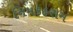
નિમકહરામ